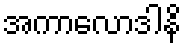
အကာလောဒါနိ